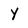
Character: Y